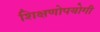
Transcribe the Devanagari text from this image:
शिक्षणोपयोगी